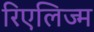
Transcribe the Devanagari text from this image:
रिएलिज्म